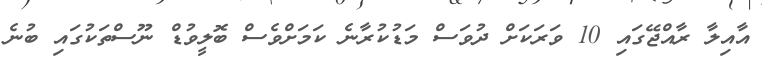
އާއިލާ ރާއްޖޭގައި 10 ވަރަކަށް ދުވަސް މަޑުކުރާނެ ކަމަށްވެސް ބޮލީވުޑް ނޫސްތަކުގައި ބުނެ